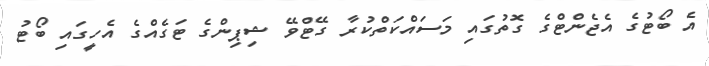
އެ ބޯޓުގެ އެޖެންޓްގެ ގޮތުގައި މަސައްކަތްކުރާ ގޭޓްވޭ ޝިޕިންގެ ޓަގެއްގެ އެހީގައި ބޯޓު